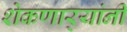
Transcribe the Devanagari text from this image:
शेकणार्‍यांनी